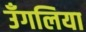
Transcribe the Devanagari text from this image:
उँगलिया